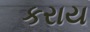
કરાય